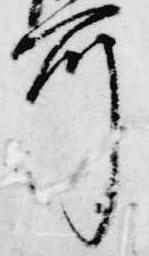
所